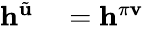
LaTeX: \begin{array}{rl}{\mathbf{h}^{\tilde{\mathbf{u}}}}&{{}=\mathbf{h}^{\mathbf{\pi v}}}\end{array}